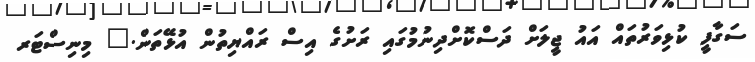
ސަގާފީ ކުޅިވަރުތައް އައު ޖީލަށް ދަސްކޮށްދިނުމުގައި ރަށުގެ އިސް ރައްޔިތުން އުޅޭތަން." މިނިސްޓަރ